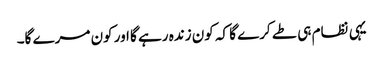
یہی نظام ہی طے کرے گا کہ کون زندہ رہے گا اور کون مرے گا۔